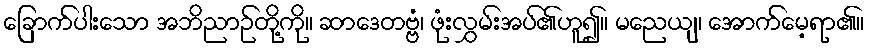
ခြောက်ပါးသော အဘိညာဉ်တို့ကို။ ဆာဒေတဗ္ဗံ၊ ဖုံးလွှမ်းအပ်၏ဟူ၍။ မညေယျ၊ အောက်မေ့ရာ၏။